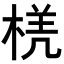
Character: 𭪲